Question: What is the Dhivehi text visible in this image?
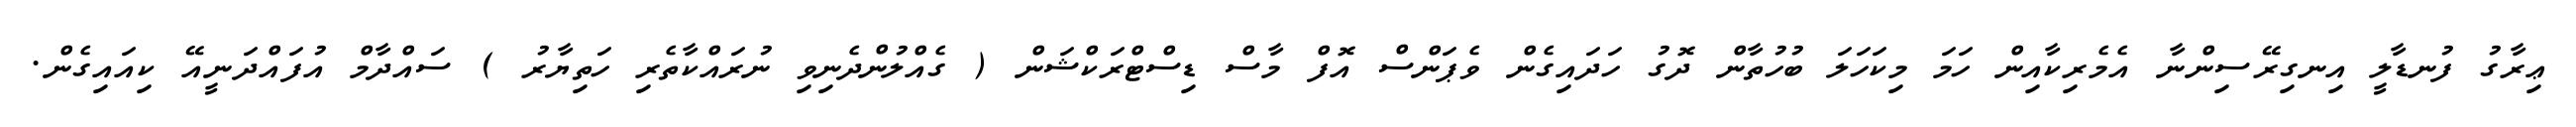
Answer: ޢިރާގު ފުނޑާލީ އިނގިރޭސިންނާ އެމެރިކާއިން ހަމަ މިކަހަލަ ބުހުތާން ދޮގު ހަދައިގެން ވެޕަންސް އޮފް މާސް ޑިސްޓްރަކްޝަން ( ގެއްލުންދެނިވި ނުރައްކާތެރި ހަތިޔާރު ) ސައްދާމް އުފައްދަނީއޭ ކިއައިގެން.